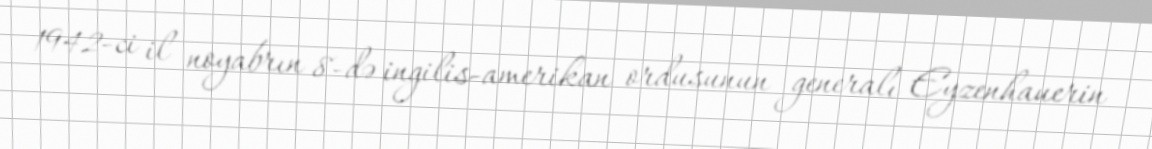
1942-ci il noyabrın 8-də ingilis-amerikan ordusunun generalı Eyzenhauerin